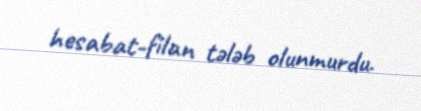
hesabat-filan tələb olunmurdu.